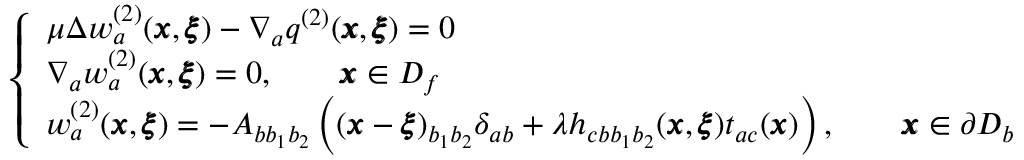
\left\{ \begin{array} { l l } { \mu \Delta w _ { a } ^ { ( 2 ) } ( { \pmb x } , { \pmb \xi } ) - \nabla _ { a } q ^ { ( 2 ) } ( { \pmb x } , { \pmb \xi } ) = 0 } \\ { \nabla _ { a } w _ { a } ^ { ( 2 ) } ( { \pmb x } , { \pmb \xi } ) = 0 , \qquad { \pmb x } \in D _ { f } } \\ { w _ { a } ^ { ( 2 ) } ( { \pmb x } , { \pmb \xi } ) = - A _ { b b _ { 1 } b _ { 2 } } \left( ( { \pmb x } - { \pmb \xi } ) _ { b _ { 1 } b _ { 2 } } \delta _ { a b } + { \lambda } h _ { c b b _ { 1 } b _ { 2 } } ( { \pmb x } , { \pmb \xi } ) t _ { a c } ( { \pmb x } ) \right) , \qquad { \pmb x } \in \partial D _ { b } } \end{array} \right.